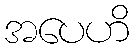
အပေဟိ